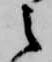
之